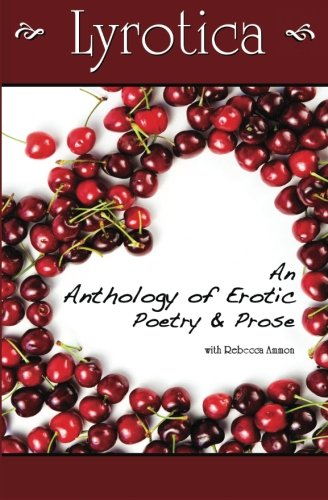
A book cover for Lyrotica: An Anthology of Erotic Poetry and Prose; Rebecca Ammon; Romance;